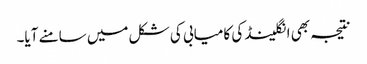
نتیجہ بھی انگلینڈ کی کامیابی کی شکل میں سامنے آیا۔